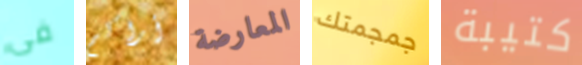
فى أراكم المعارضة جمجمتك كتيبة